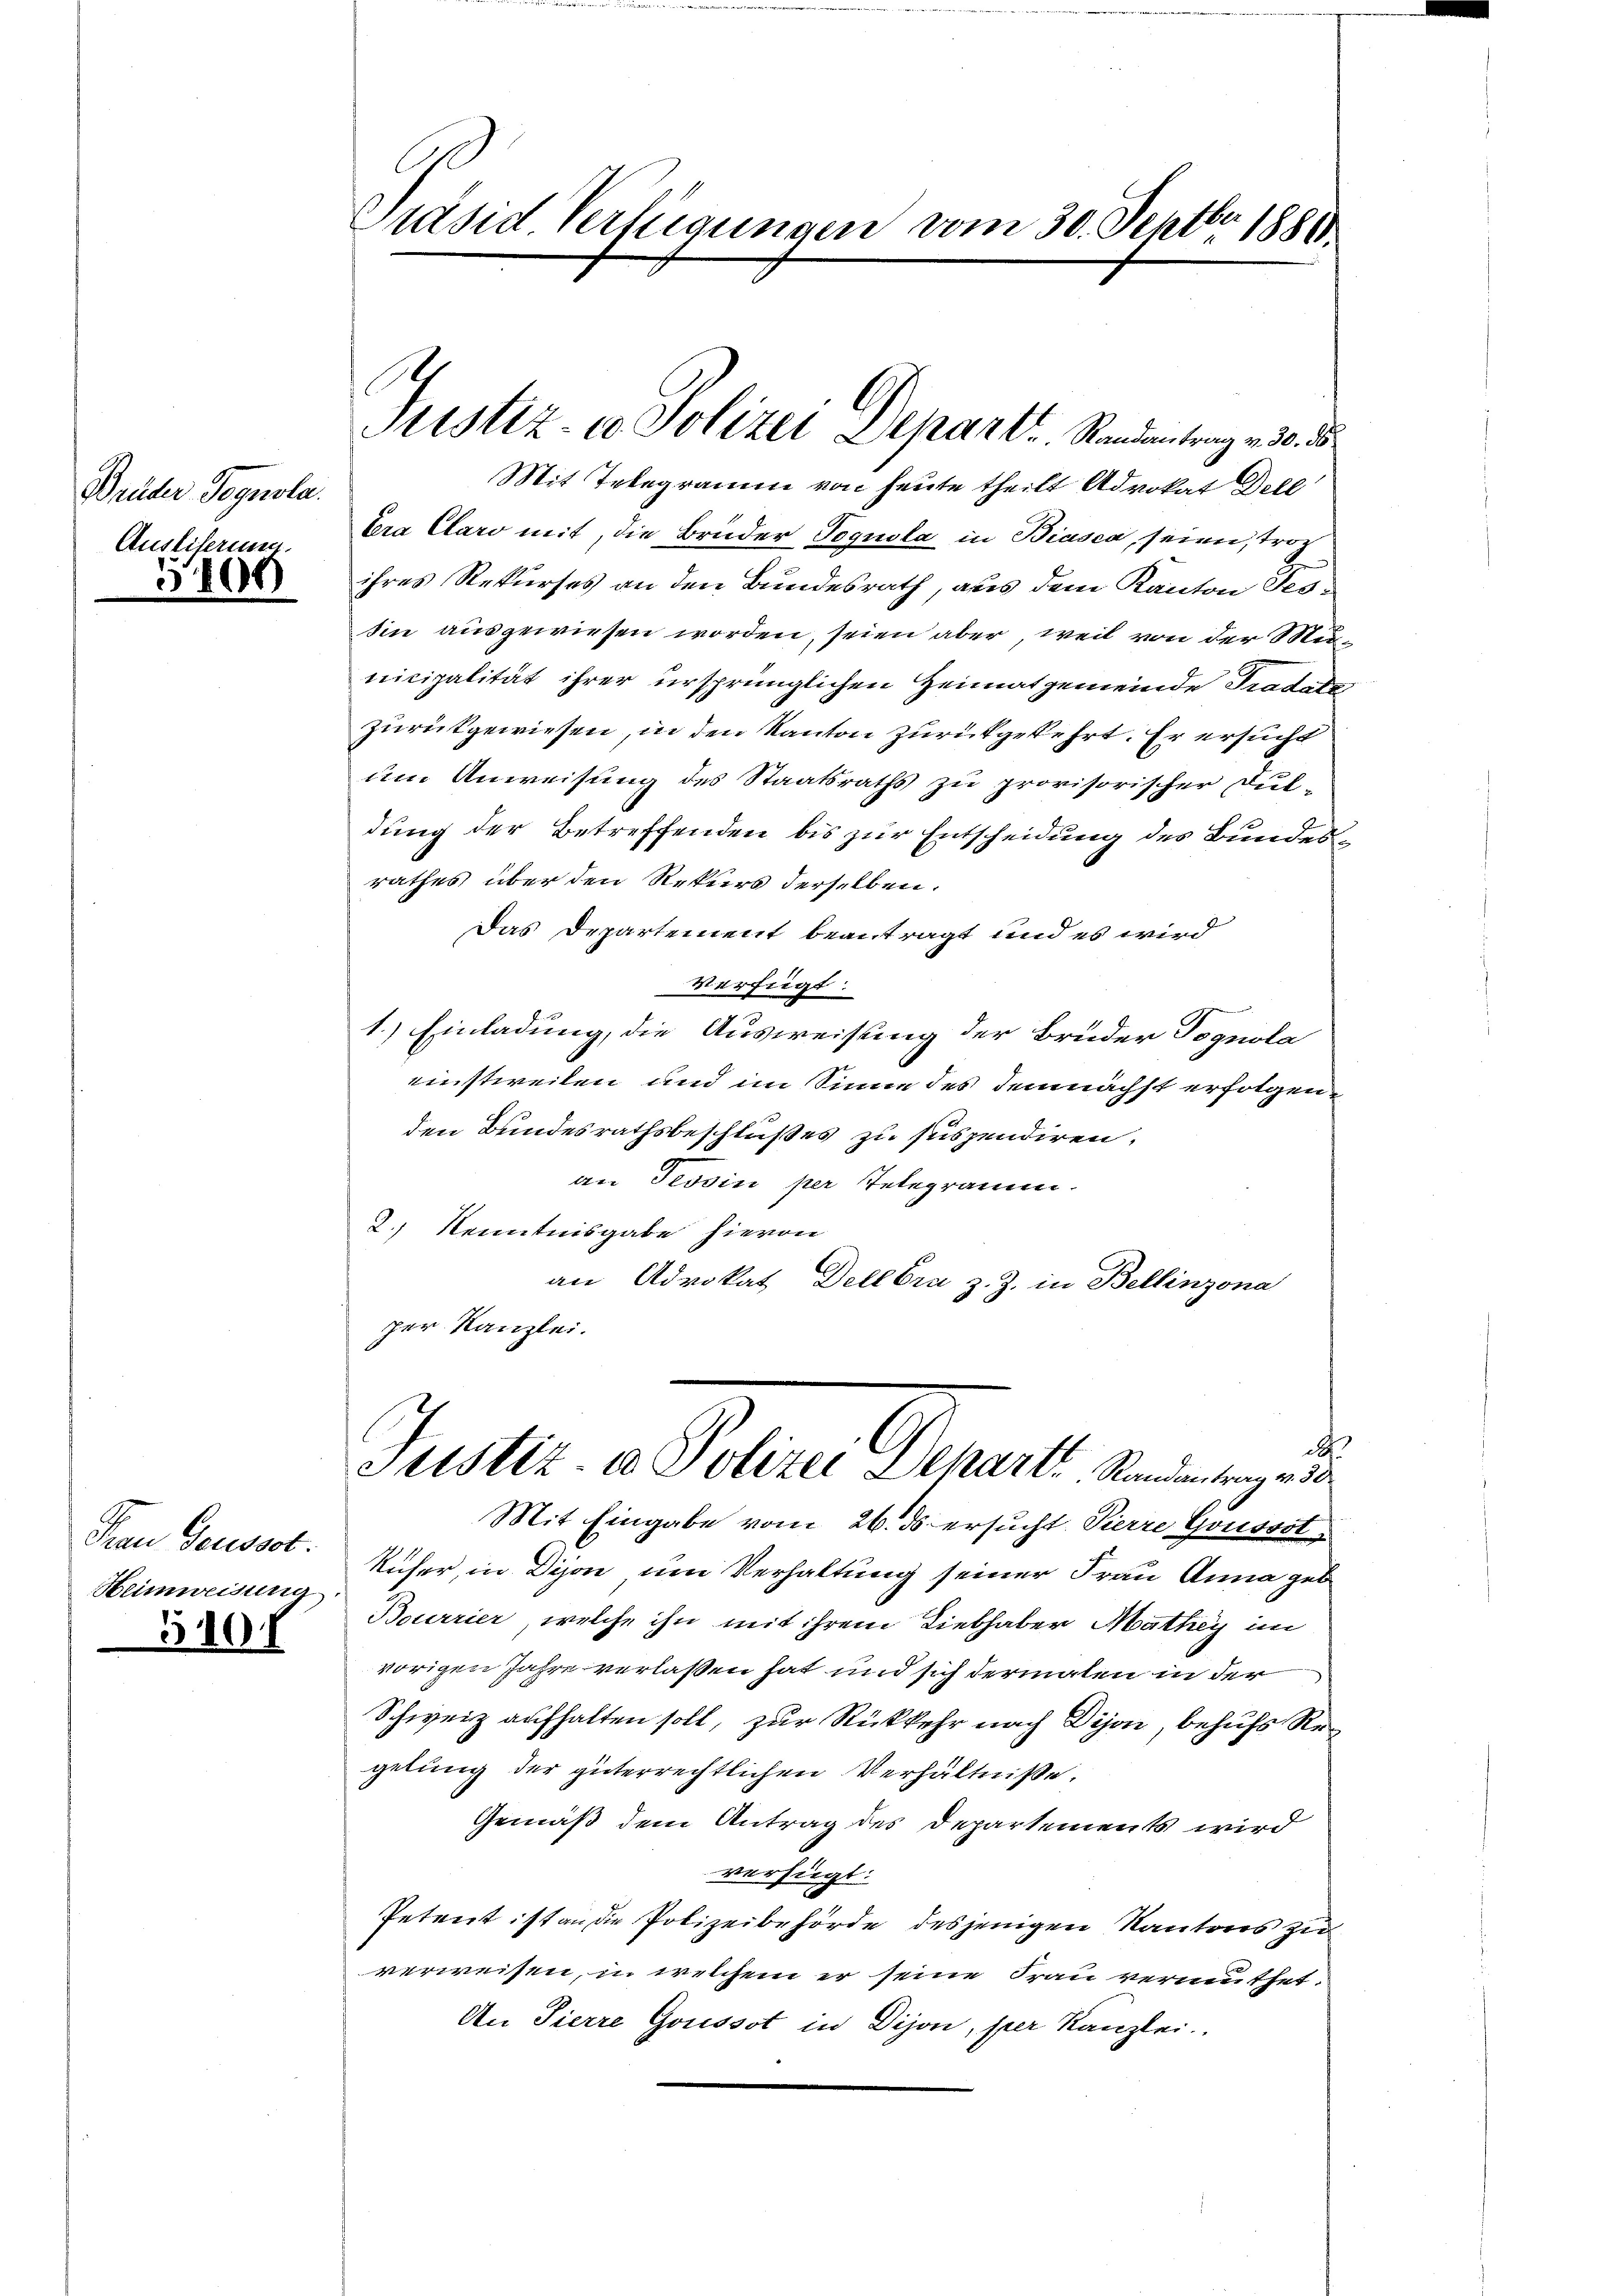
Brüder Tagnola.
Ausliferie.

109

Frau Geusset.
Heimweisung

510

Mit Telegramm von heute theilt Advokat Dell
bra Claro mit, die Brüder Toquola in Biasca, seien, troc
ihres Rekurses an den Bundesrath, aus dem Kanton Tes-
sin ausgewiesen worden, seien aber, weil von der Municipalität ihrer ursprünglichen Heimatgemeinde Traditi
zurükgewiesen, in den Kanton zurückgekehrt. Er ersucht
um Anweisung des Staatsraths zu provisorischer Dul-
dung der Betreffenden bis zur Entscheidung des Bundesrathes über den Rekurs derselben.
Das Departement beantragt und es wird
Verfügt:
1.) Einladung, die Ausweisung der Brüder Vognola
einstweilen und im Sinne des demnächst erfolgene
den Bundesrathsbeschlußes zu suspendiren,
an Tessin per Telegramm.
2.) Kenntnisgabe hievon
an Advokat Dellbra z. Z. in Bellinzona
per Kanzlei.
.
Justiz- & Polizei Depart Randantrag v. 30
Mit Eingabe vom 26. ds. ersucht. Pierre Goussot-
Rüher, in Dison um Verhaltung seiner Frau Anna geb
Bourrier, welche ihn mit ihrem Liebhaber Mathey im
vorigen Jahre verlaßen hat und sich dermalen in der
Schweiz aufhalten soll, zur Rückkehr nach Dijon, behufs Regelung der güterrechtlichen Verhältniße.
Gemäß dem Antrag des Departements wird
verfügt:
Petent ist an die Polizeibehörde desjenigen Kantons zu
verweisen, in welchem er seine Frau vermuthet.
An Pierre Goussot in Dijon, per Kanzlei.

Präsid Verfügungen vom 30. Septbr. 1881

Justiz- u Polizei Depart. Sandentrag an die